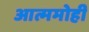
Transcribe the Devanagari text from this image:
आत्ममोही